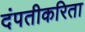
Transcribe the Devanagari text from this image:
दंपतीकरिता